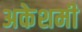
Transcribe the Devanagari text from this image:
अकेशमी